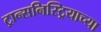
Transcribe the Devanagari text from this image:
ट्रान्सनिस्ट्रियाच्या